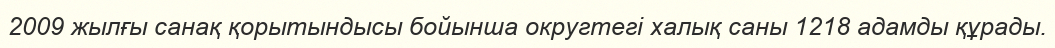
2009 жылғы санақ қорытындысы бойынша округтегі халық саны 1218 адамды құрады.